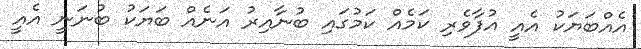
އެއްބަޔަކު އެއީ އުފާވެރި ކަމެއް ކަމުގައި ބުނާއިރު އަނެއް ބަޔަކު ބުނަނީ އެއީ